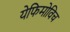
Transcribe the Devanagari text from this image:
येफिमोविच